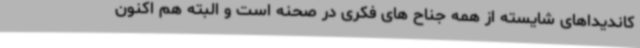
کاندیداهای شایسته از همه جناح های فکری در صحنه است و البته هم اکنون